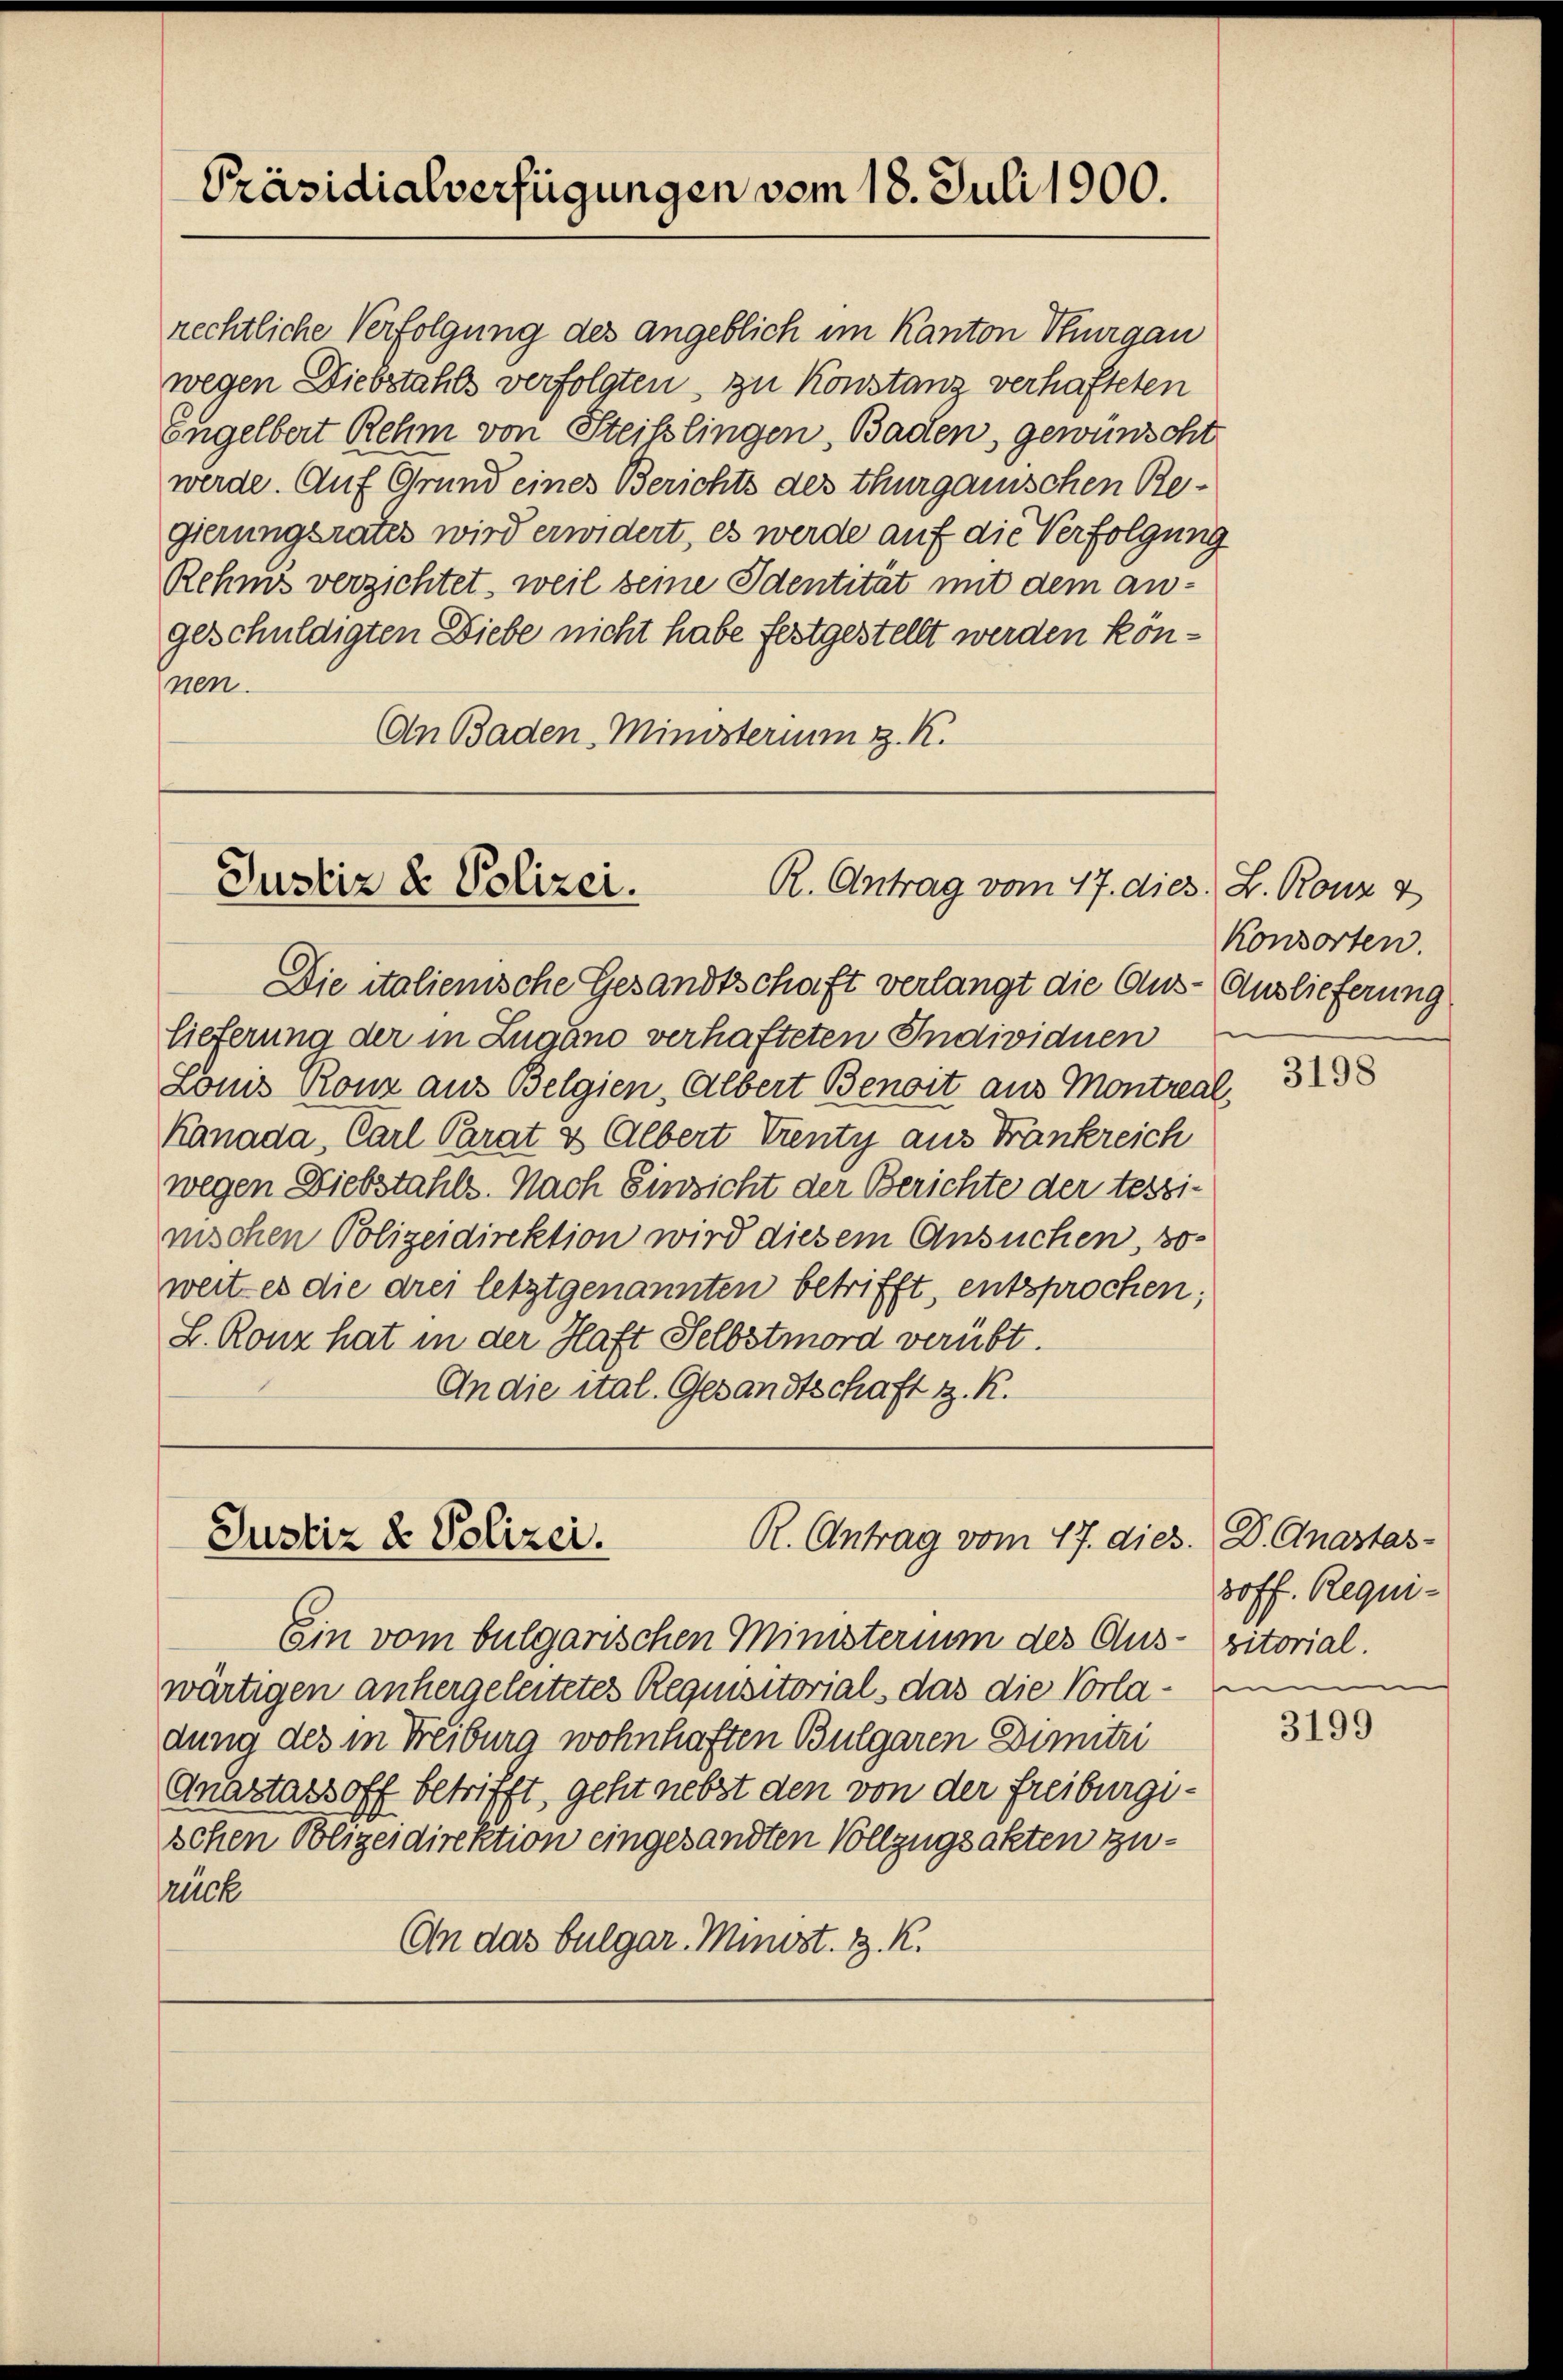
Präsidialverfügungen vom 18. Juli 1900.

rechtliche Verfolgung des angeblich im Kanton Thurgau
wegen Diebstahls verfolgten, zu Konstanz verhafteten
Engelbert Rehm von Steisslingen, Baden, gewünscht
werde. Auf Grund eines Berichts des thurgauischen Begierungsrates wird erwidert, es werde auf die Verfolgung
Rehnis verzichtet, weil seine Identität mit dem angeschuldigten Diebe nicht habe festgestellt werden können.
An Baden, Ministerim z. R.

Justiz & Polizei.
R. Antrag vom 17. dies. L. Konz &

Die italienische Gesandtschaft verlangt die Aus- Auslieferung
lieferung der in Zugano verhafteten Individuen
Lonis Ronz aus Belgien, Albert Benoit aus Montreal,
Kanada, Carl Parat & Albert Venty aus Frankreich
wegen Diebstahls. Nach Einsicht der Berichte der tessinischen Polizeidirektion wird diesem Ansuchen, soweit es die drei letztgenannten betrifft, entsprochen;
L. Ronz hat in der Haft Selbstmord verübt.
An die ital. Gesandtschaft z. R.

R. Antrag vom 17. dies. D. Gnastas-
Justiz & Polizei.

Ein vom bulgarischen Ministerium des Aus-vitorial.
wärtigen anhergeleitetes Requisitorials das die Vorladung des in Freiburg wohnhaften Bulgaren Dimitzi
Anastassoff betrifft, geht nebst den von der Freiburgischen Polizeidirektion eingesandten Vollzugsakten zuruck
On das bulgar. Minist. B. K.

Konsorten.

3198

3off. Requien

3199